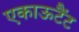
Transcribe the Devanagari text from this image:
एकाऊटैंट